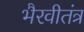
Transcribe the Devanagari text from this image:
भैरवीतंत्र